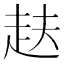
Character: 𮚴